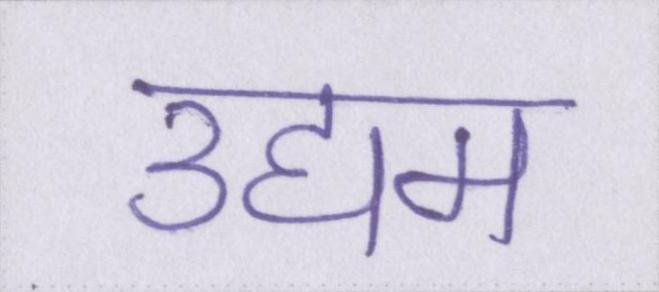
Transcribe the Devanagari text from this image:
उद्यम